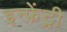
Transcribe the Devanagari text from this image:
इन्फ़ेंट्री